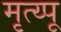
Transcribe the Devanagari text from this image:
मृत्य्पू